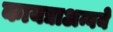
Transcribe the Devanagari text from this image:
कायद्याअन्वये